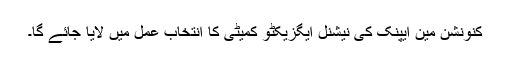
کنونشن مین ایپنک کی نیشنل ایگزیکٹو کمیٹی کا انتخاب عمل میں لایا جائے گا۔